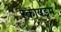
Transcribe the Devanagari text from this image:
स्कायडूम